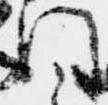
門